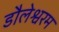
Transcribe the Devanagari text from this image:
डौलेश्वरम